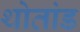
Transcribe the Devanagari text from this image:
थोतांड